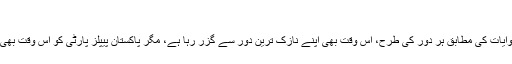
“
ملک تو اپنی روایات کی مطابق ہر دور کی طرح، اس وقت بھی اپنے نازک ترین دور سے گزر رہا ہے، مگر پاکستان پیپلز پارٹی کو اس وقت بھی کوئی ڈر نہیں۔